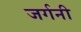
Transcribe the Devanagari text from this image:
जर्गनी